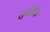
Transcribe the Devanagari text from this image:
लुबोलोस